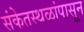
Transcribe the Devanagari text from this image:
संकेतस्थळांपासून